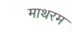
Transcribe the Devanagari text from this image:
माथरम